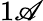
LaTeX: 1\mathscr{A}